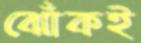
ঝোঁকই